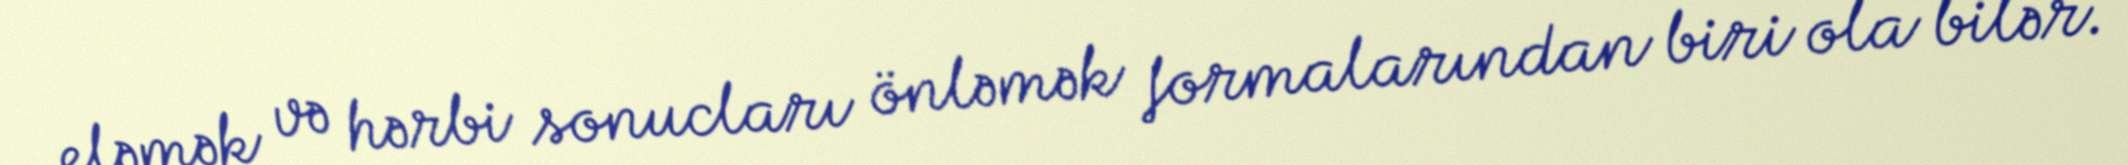
eləmək və hərbi sonucları önləmək formalarından biri ola bilər.